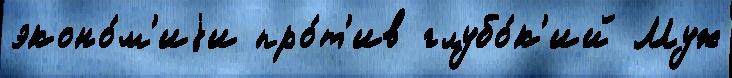
эконо́м'иjи про́т'ив глубо́к'ий Муж